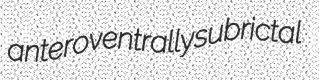
anteroventrally subrictal